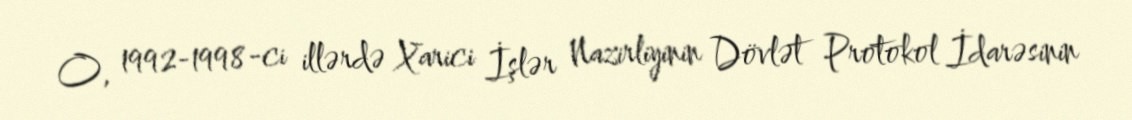
O, 1992-1998-ci illərdə Xarici İşlər Nazirliyinin Dövlət Protokol İdarəsinin